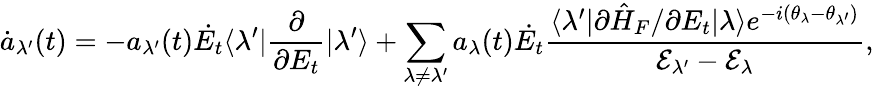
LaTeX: \dot{a}_{\lambda^{\prime}}(t)=-a_{\lambda^{\prime}}(t)\dot{E_{t}}\langle\lambda^{\prime}|\frac{\partial}{\partial E_{t}}|\lambda^{\prime}\rangle+\sum_{\lambda\neq\lambda^{\prime}}a_{\lambda}(t)\dot{E_{t}}\frac{\langle\lambda^{\prime}|\partial\hat{H}_{F}/\partial E_{t}|\lambda\rangle e^{-i(\theta_{\lambda}-\theta_{\lambda^{\prime}})}}{\mathcal{E}_{\lambda^{\prime}}-\mathcal{E}_{\lambda}},